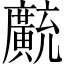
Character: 𫸊